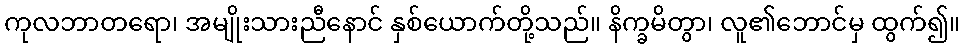
ကုလဘာတရော၊ အမျိုးသားညီနောင် နှစ်ယောက်တို့သည်။ နိက္ခမိတွာ၊ လူ၏ဘောင်မှ ထွက်၍။